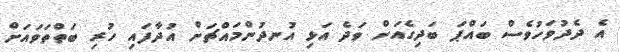
އެ ދެދުވަހުވެސް ބައްޕަ ބަދިގެއަށް ވަދެ އަޅި އުނދުންމައްޗަށް އުދާފައި ހުރި ބަތްތަވައަށް